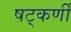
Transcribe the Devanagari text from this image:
षट्‌कर्णीं